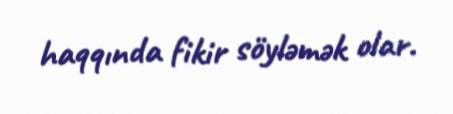
haqqında fikir söyləmək olar.